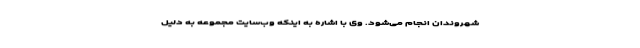
شهروندان انجام می‌شود. وی با اشاره به اینکه وب‌سایت مجموعه به دلیل